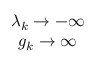
\begin{array} { c } { { \lambda _ { k } \rightarrow - \infty } } \\ { { g _ { k } \rightarrow \infty } } \end{array}